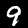
Label: 9